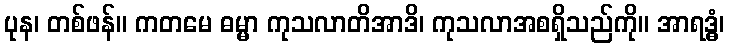
ပုန၊ တစ်ဖန်။ ကတမေ ဓမ္မာ ကုသလာတိအာဒိ၊ ကုသလာအစရှိသည်ကို။ အာရဒ္ဓံ၊